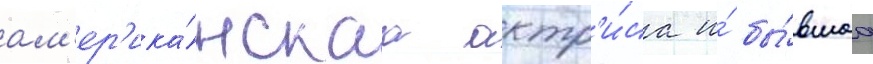
ам'ер'ика́нскаа актр'и́са и́ бы́вшаа